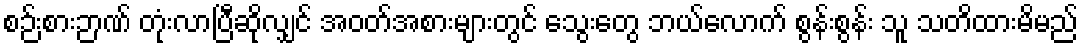
စဉ်းစားဉာဏ် တုံးလာပြီဆိုလျှင် အဝတ်အစားများတွင် သွေးတွေ ဘယ်လောက် စွန်းစွန်း သူ သတိထားမိမည်